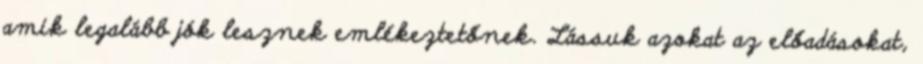
amik legalább jók lesznek emlékeztetőnek. Lássuk azokat az előadásokat,